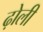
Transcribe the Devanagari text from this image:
ढ़ोली